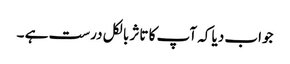
جواب دیا کہ آپ کا تاثر بالکل درست ہے ۔